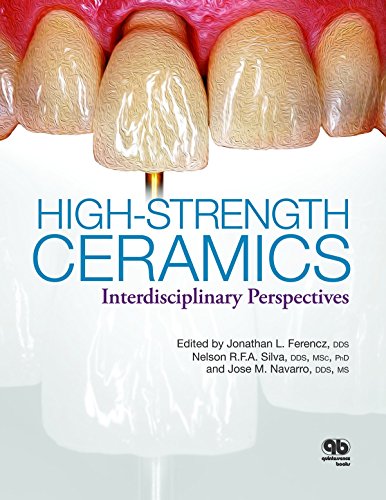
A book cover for High-Strength Ceramics: A Collaboration of Science, Industry, Clinical, and Laboratory Expertise; Jonathan Ferencz; Medical Books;